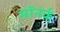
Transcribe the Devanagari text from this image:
मॉनर्क